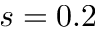
s = 0 . 2